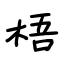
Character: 梧